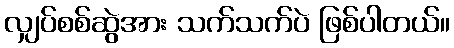
လျှပ်စစ်ဆွဲအား သက်သက်ပဲ ဖြစ်ပါတယ်။